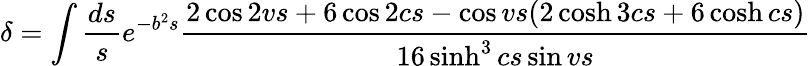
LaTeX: \delta=\int\frac{ds}{s}e^{-b^{2}s}\frac{2\cos 2vs+6\cos 2cs-\cos vs(2\cosh 3cs+6\cosh cs)}{16\sinh^{3}cs\sin vs}